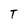
Character: T